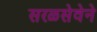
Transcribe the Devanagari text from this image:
सरळसेवेने